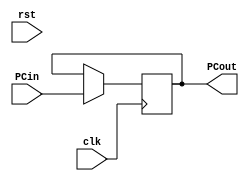
module PC(clk, rst, PCin, PCout);

input clk, rst;
input [15:0] PCin;

output reg [15:0] PCout;

always @(posedge clk or negedge reset) 
begin
	if (!reset) begin
		PCout <= PCout;
	end
	else begin
		PCout <= PCin;
	end
end
endmodule